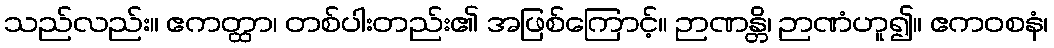
သည်လည်း။ ဧကတ္ထာ၊ တစ်ပါးတည်း၏ အဖြစ်ကြောင့်။ ဉာဏန္တိ၊ ဉာဏံဟူ၍။ ဧကဝစနံ၊